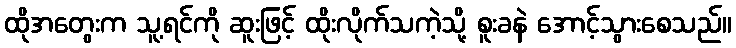
ထိုအတွေးက သူ့ရင်ကို ဆူးဖြင့် ထိုးလိုက်သကဲ့သို့ စူးခနဲ အောင့်သွားစေသည်။